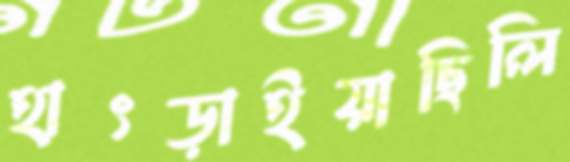
হাৎড়াইয়াছিলি